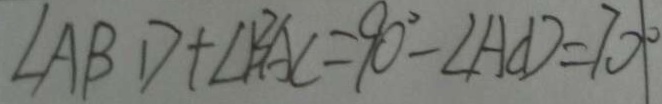
\angle A B D + \angle B A C = 9 0 ^ { \circ } - \angle A C D = 7 0 ^ { \circ }